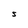
Character: S